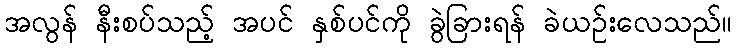
အလွန် နီးစပ်သည့် အပင် နှစ်ပင်ကို ခွဲခြားရန် ခဲယဉ်းလေသည်။